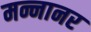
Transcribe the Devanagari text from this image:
मन्नानर